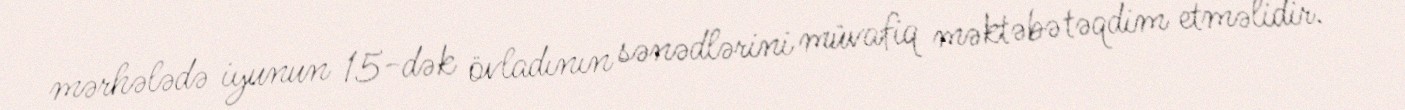
mərhələdə iyunun 15-dək övladının sənədlərini müvafiq məktəbə təqdim etməlidir.